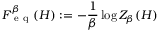
F _ { \mathrm { ~ e ~ q ~ } } ^ { \beta } ( H ) : = - \frac { 1 } { \beta } \log Z _ { \beta } ( H )